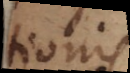
tionis.